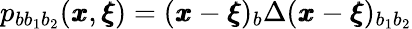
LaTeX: p_{bb_{1}b_{2}}({\pmb x},{\pmb\xi})=({\pmb x}-{\pmb\xi})_{b}\Delta({\pmb x}-{\pmb\xi})_{b_{1}b_{2}}